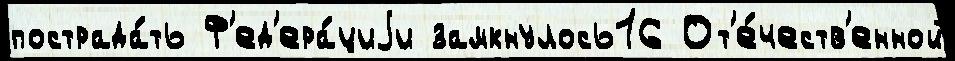
пострада́ть Ф'ед'ера́циjи замкнулось16 От'е́честв'енной